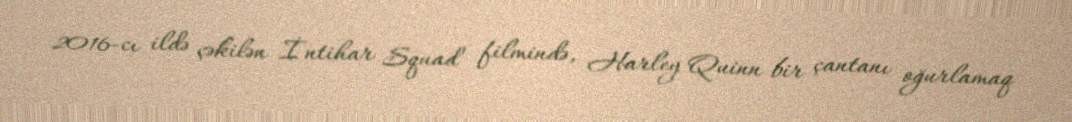
2016-cı ildə çəkilən İntihar Squad filmində, Harley Quinn bir çantanı oğurlamaq